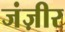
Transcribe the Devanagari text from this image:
जंज़ीर